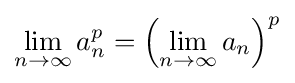
\lim _{n\to \infty }a_{n}^{p}=\left(\lim _{n\to \infty }a_{n}\right)^{p}